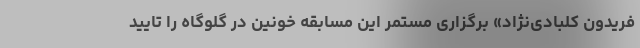
فریدون کلبادی‌نژاد» برگزاری مستمر این مسابقه خونین در گلوگاه را تایید